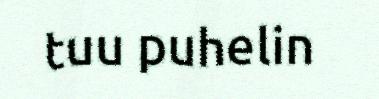
tuu puhelin